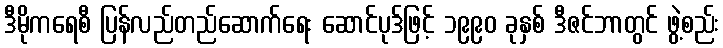
ဒီမိုကရေစီ ပြန်လည်တည်ဆောက်ရေး ဆောင်ပုဒ်ဖြင့် ၁၉၉၀ ခုနှစ် ဒီဇင်ဘာတွင် ဖွဲ့စည်း